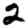
Digit: 2